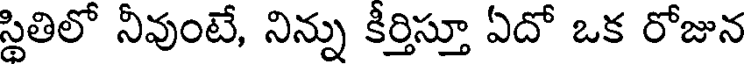
స్థితిలో నీవుంటే, నిన్ను కీర్తిస్తూ ఏదో ఒక రోజున